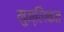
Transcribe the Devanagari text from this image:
मुम्लिकत